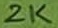
Text: 2K